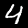
Label: 4